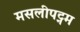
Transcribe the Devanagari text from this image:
मसलीपट्नम